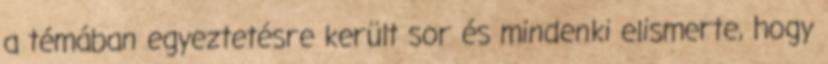
a témában egyeztetésre került sor és mindenki elismerte, hogy